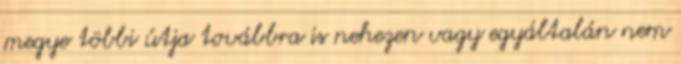
megye többi útja továbbra is nehezen vagy egyáltalán nem